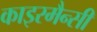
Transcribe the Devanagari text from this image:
काइरमैन्सी